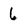
Character: 6